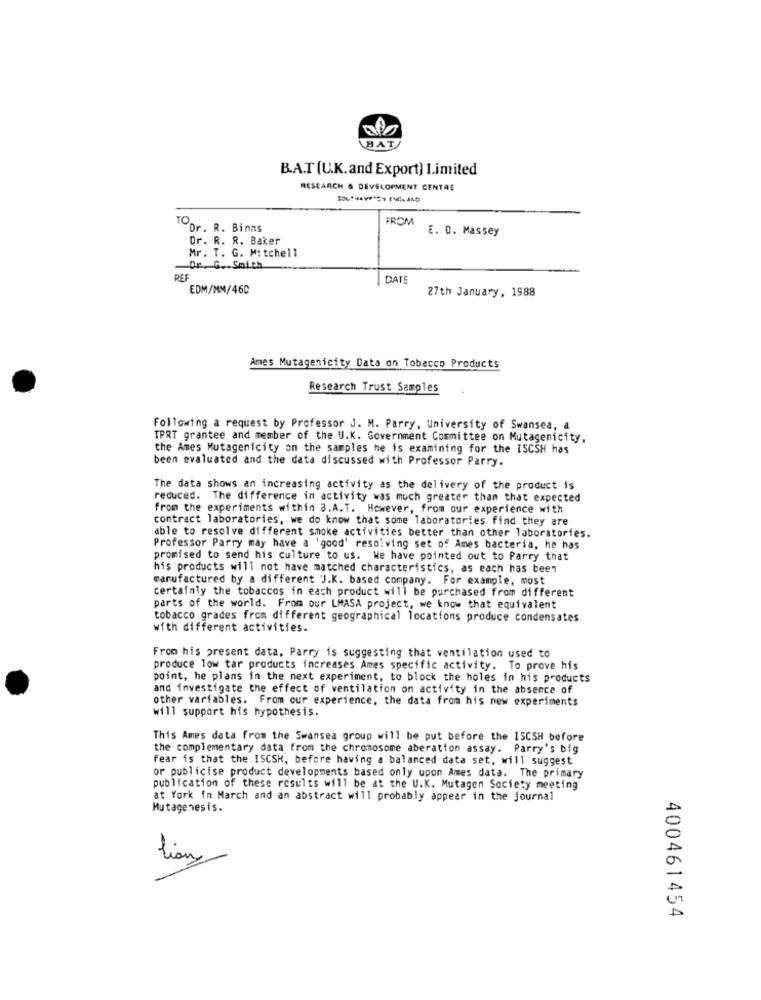
HAT
B.A.T (U.K.and Export) Limited
RESEARCH & DEVELOPMENT CENTRE
TO
FROM
Dr. R. Binns
E. D. Massey
Dr. R. R. Baker
Mr. T. G. Mitchell
Dr. G .- Smith
DATE
EDM/MM/46D
27th January, 1988
Ames Mutagenicity Data on Tobacco Products
Research Trust Samples
Following a request by Professor J. M. Parry, University of Swansea, a
TPRT grantee and member of the U.K. Government Committee on Mutagenicity,
the Ames Mutagenicity on the samples he is examining for the ISCSH has
been evaluated and the data discussed with Professor Parry.
The data shows an increasing activity as the delivery of the product is
reduced. The difference in activity was much greater than that expected
from the experiments within 3.A.T. However, from our experience with
contract laboratories, we do know that some laboratories find they are
able to resolve different smoke activities better than other laboratories.
Professor Parry may have a 'good' resolving set of Ames bacteria, he has
promised to send his culture to us. We have pointed out to Parry that
his products will not have matched characteristics, as each has been
manufactured by a different J.K. based company. For example, most
certainly the tobaccos in each product will be purchased from different
parts of the world. From our LMASA project, we know that equivalent
tobacco grades from different geographical locations produce condensates
with different activities.
From his present data, Parry is suggesting that ventilation used to
produce low tar products increases Ames specific activity. To prove his
point, he plans in the next experiment, to block the holes in his products
and investigate the effect of ventilation on activity in the absence of
other variables. From our experience, the data from his new experiments
will support his hypothesis.
This Ames data from the Swansea group will be put before the ISCSH before
the complementary data from the chromosome aberation assay. Parry's big
fear is that the ISCSK, before having a balanced data set, will suggest
or publicise product developments based only upon Ames data. The primary
publication of these results will be at the U.K. Mutagen Society meeting
at York in March and an abstract will probably appear in the journal
Mutagenesis.
lion
400461454